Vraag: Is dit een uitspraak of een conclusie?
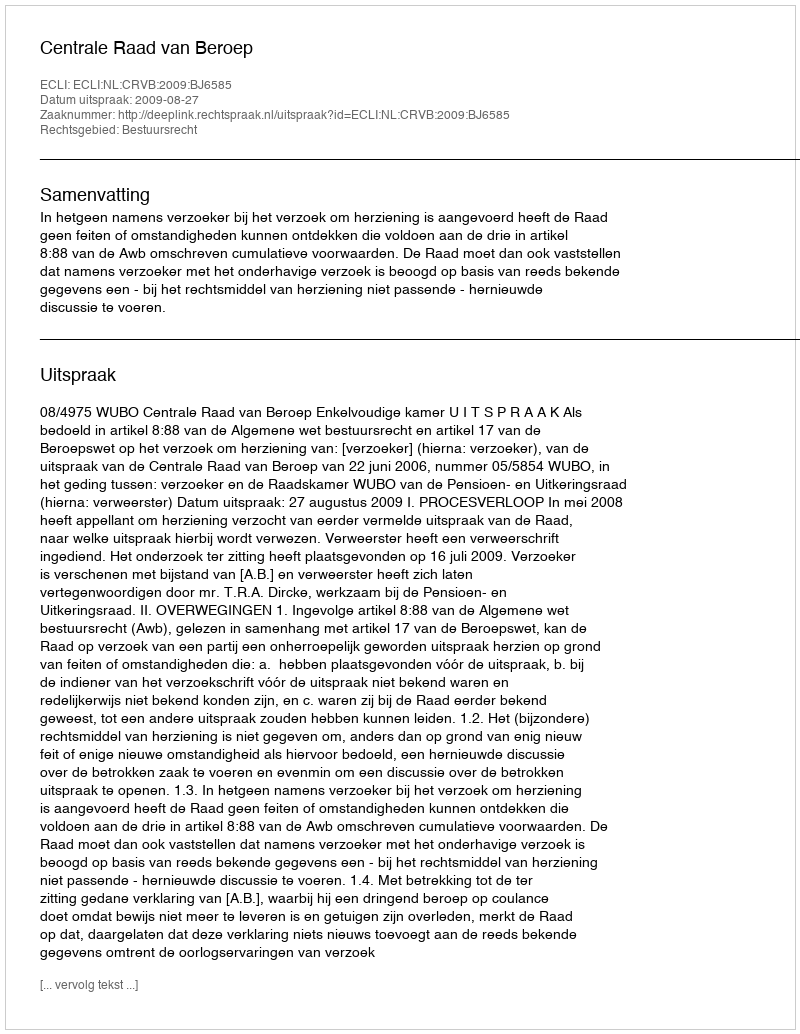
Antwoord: Uitspraak